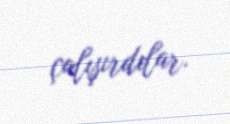
çalışırdılar.